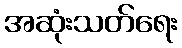
အဆုံးသတ်ရေး